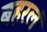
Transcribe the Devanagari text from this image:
बहरलं